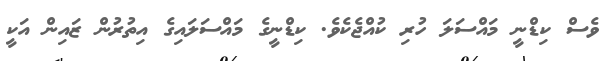
ވެސް ކިޑްނީ މައްސަލަ ހުރި ކުއްޖެކެވެ. ކިޑްނީގެ މައްސަލައިގެ އިތުރުން ޒައިން އަކީ